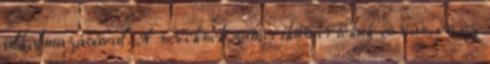
alkalmazásával. A neveknek numerikus értékük is van, és ez